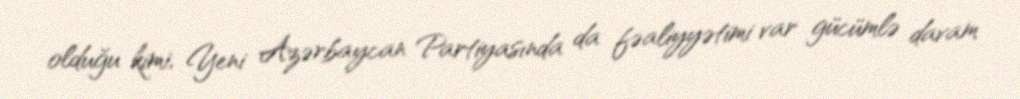
olduğu kimi, Yeni Azərbaycan Partiyasında da fəaliyyətimi var gücümlə davam